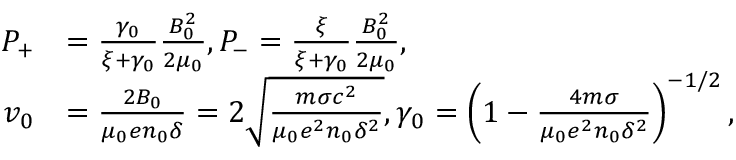
\begin{array} { r l } { P _ { + } } & { = \frac { \gamma _ { 0 } } { \xi + \gamma _ { 0 } } \frac { B _ { 0 } ^ { 2 } } { 2 \mu _ { 0 } } , P _ { - } = \frac { \xi } { \xi + \gamma _ { 0 } } \frac { B _ { 0 } ^ { 2 } } { 2 \mu _ { 0 } } , } \\ { v _ { 0 } } & { = \frac { 2 B _ { 0 } } { \mu _ { 0 } e n _ { 0 } \delta } = 2 \sqrt { \frac { m \sigma c ^ { 2 } } { \mu _ { 0 } e ^ { 2 } n _ { 0 } \delta ^ { 2 } } } , \gamma _ { 0 } = \left( 1 - \frac { 4 m \sigma } { \mu _ { 0 } e ^ { 2 } n _ { 0 } \delta ^ { 2 } } \right) ^ { - 1 / 2 } , } \end{array}